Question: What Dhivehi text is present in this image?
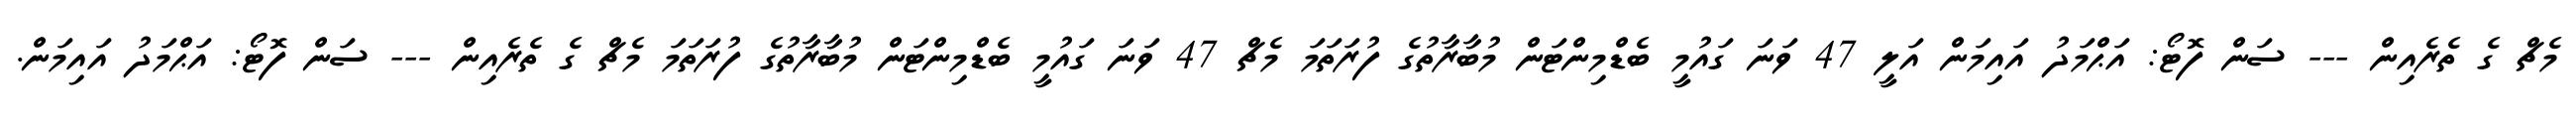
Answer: މެޗް ގެ ތެރެއިން --- ސަން ފޮޓޯ: އަޙްމަދު އައިމަން އަލީ 47 ވަނަ ގައުމީ ބެޑްމިންޓަން މުބާރާތުގެ ފުރަތަމަ މެޗް 47 ވަނަ ގައުމީ ބެޑްމިންޓަން މުބާރާތުގެ ފުރަތަމަ މެޗް ގެ ތެރެއިން --- ސަން ފޮޓޯ: އަޙްމަދު އައިމަން.